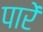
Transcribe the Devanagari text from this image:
पारें